Calcutta medical institutions reports 1879-81 [i.e.91]
Year: 1879
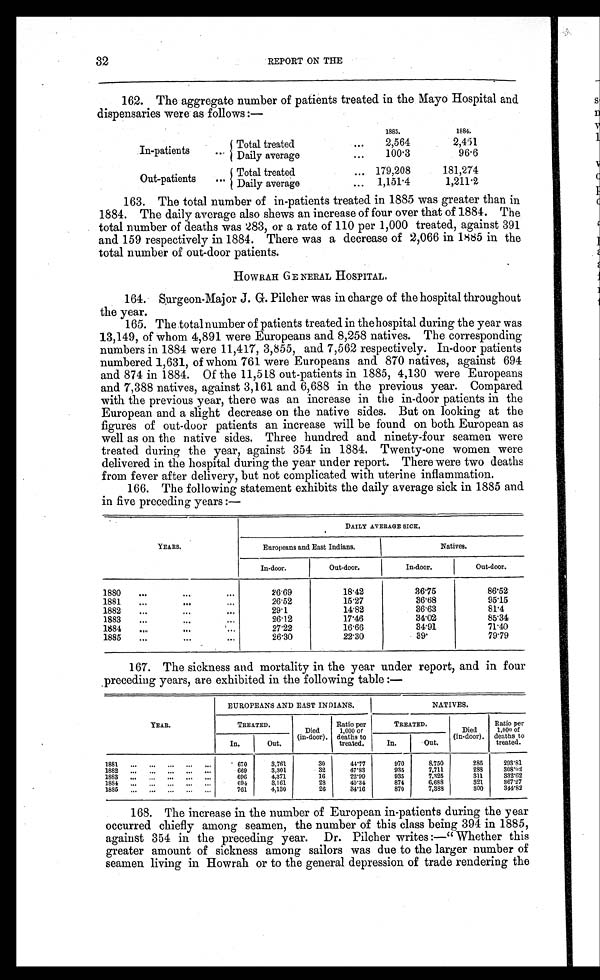
32
REPORT ON THE
162. The aggregate number of patients treated in the Mayo Hospital and
dispensaries were as follows :—
1883.
1884.
In-patients
Total treated
2, 564
2 , 4 5 1
Daily average
...
100.3
96.6
Out-patients
...
Total treated
179,208
181,274
Daily average
...
1,151 . 4
1,211.2
163.
The total number of in-patients treated in 1885 was greater than in
1884. The daily average also shews an increase of four over that of 1884. The
total number of deaths was 283, or a rate of 110 per 1,000 treated, against 391
and 159 respectively in 1884. There was a decrease of '2,066 in 1885 in the
total number of out-door patients.
HOWRAH GENERAL HOSPITAL.
164. Surgeon-Major J. G. Pilcher was in charge of the hospital throughout
the year.
165. The total number of patients treated in the hospital during the year was
13,149, of whom 4,891 were Europeans and 8,258 natives. The corresponding
numbers in 1884 were 11,417, 3,855, and 7,562 respectively. In-door patients
numbered 1,631, of whom 761 were Europeans and 870 natives, against 694
and 874 in 1884. Of the 11,518 out-patients in 1885, 4,130 were Europeans
and 7,388 natives, against 3,161 and 6,688 in the previous year. Compared
with the previous year, there was an increase in the in-door patients in the
European and a slight decrease on the native sides. But on looking at the
figures of out-door patients an increase will be found on both European as
well as on the native sides. Three hundred and ninety-four seamen were
treated during the year, against 354 in 1884. Twenty-one women were
delivered in the hospital during the year under report. There were two deaths
from fever after delivery, but not complicated with uterine inflammation.
166. The following statement exhibits the daily average sick in 1885 and
in five preceding years :—
YEARS.
DAILY AVERAGE sICK.
Europeans and East Indians.
Natives.
In-door.
Out-door.
In-door.
O u t - d o o r . .
1880
. . .
.
.
.
26-69
18.42
36.75
86.52
1881
...
...
. . .
26.52
15.27
36.68
95.15
1882
...
29.1
14.82
36.63
81.4
1883
....
26.12
17.46
34.02
85.34
1884
...
...
...
27.22
16.66
34.91
71.40
1885
...
...
26.30
22.30
3 9 .
79.79
167. The sickness and mortality in the year under report, and in four
preceding years, are exhibited in the following table :—
YEAR.
EUROPEANS AND EAST INDIANS.
NATIVES.
TREATED.
Died
in-door).
Ratio per
1,000 or
deaths to
treated.
TREATED.
Died
(in-door),
Ratio per
1,000 of
deaths to
treated.
In.
Out.
In.
Out.
1881
670
3,761.
30
44.77
970
8,750
285
293.81
1882
669
3,301
32
47.83
935
7.711
288
3 0 8 . 0 2
1883
696
4,,371
16
22.99
935
7.325
311
3326.2
1884
694
3,161
28
40.34
874
6.688
321
367.27
1885
761
4,130
26
34.16
870
7,388
300
344.82
168. The increase in the number of European in-patients during the year
occurred chiefly among seamen, the number of this class being 394 in 1885,
against 354 in the preceding year. Dr. Pilcher writes :—" Whether this
greater amount of sickness among sailors was due to the larger number of
seamen living in Howrah or to the general depression of trade rendering the